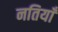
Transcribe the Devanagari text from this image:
नतियाँ